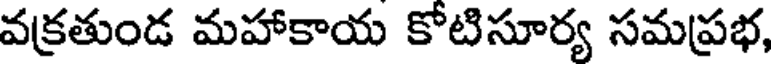
వక్రతుండ మహాకాయ కోటిసూర్య సమప్రభ,